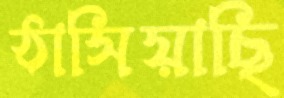
ঠাসিয়াছি